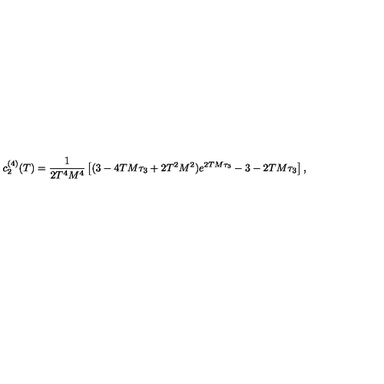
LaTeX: c _ { 2 } ^ { ( 4 ) } ( T ) = \frac { 1 } { 2 T ^ { 4 } M ^ { 4 } } \left[ ( 3 - 4 T M \tau _ { 3 } + 2 T ^ { 2 } M ^ { 2 } ) e ^ { 2 T M \tau _ { 3 } } - 3 - 2 T M \tau _ { 3 } \right] ,